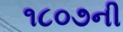
૧૮૦૭ની